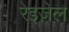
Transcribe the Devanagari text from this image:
रेइज़ेल